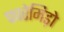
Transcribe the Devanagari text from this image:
फारेमिड़ो